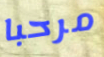
مرحبا